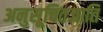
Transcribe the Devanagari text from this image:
अनुसूचितजाति